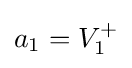
a_{1}=V_{1}^{+}